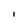
Character: I